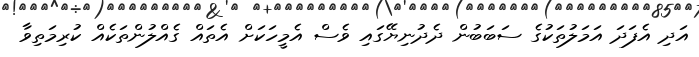
އަދި އެފަދަ އަމަލުތަކުގެ ސަބަބުން ދެދުނިޔޭގައި ވެސް އެމީހަކަށް އެތައް ގެއްލުންތަކެއް ކުރިމަތިވާ